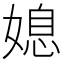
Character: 媳